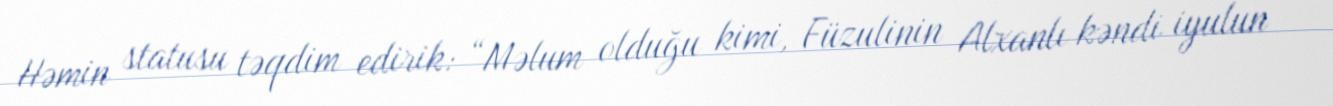
Həmin statusu təqdim edirik: “Məlum olduğu kimi, Füzulinin Alxanlı kəndi iyulun